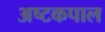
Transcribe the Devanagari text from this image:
अष्टकपाल